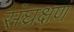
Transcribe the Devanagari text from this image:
संघ्रक्षण